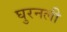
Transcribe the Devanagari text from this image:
घुरनली